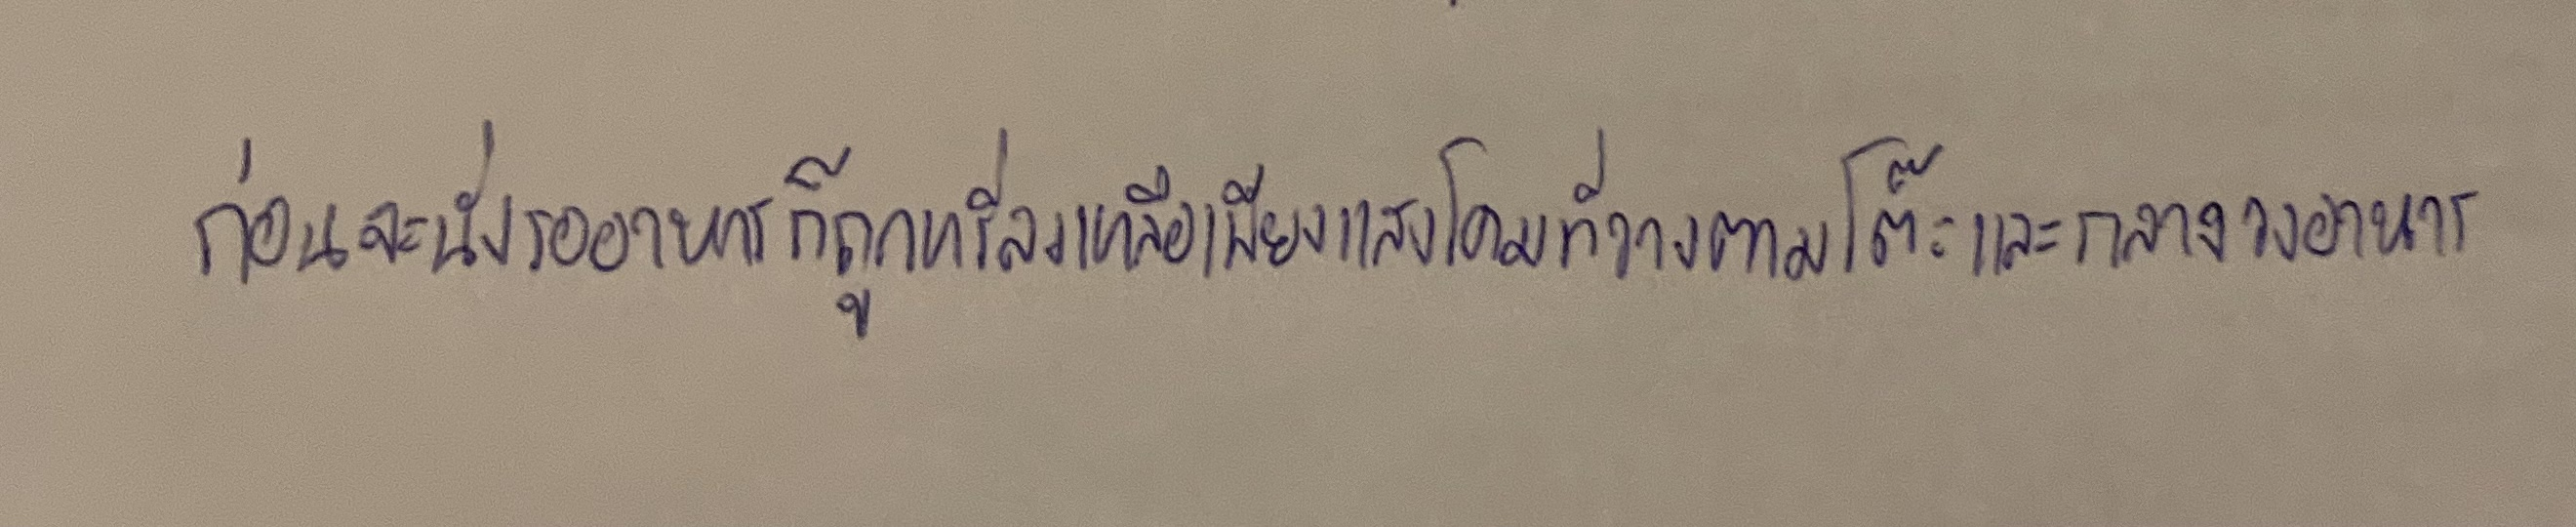
ก่อนจะนั่งรออาหารก็ถูกหรี่ลงเหลือเพียงแสงโคมที่วางตามโต๊ะและกลางวงอาหาร